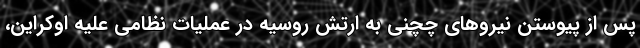
پس از پیوستن نیروهای چچنی به ارتش روسیه در عملیات نظامی علیه اوکراین،